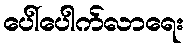
ပေါ်ပေါက်လာရေး